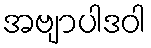
အဗျာပါဒဝါ